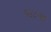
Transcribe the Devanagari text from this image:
१४८५७